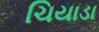
ચિયાડા